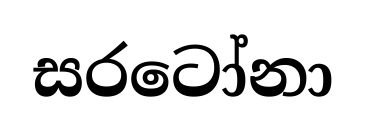
සරටෝනා